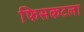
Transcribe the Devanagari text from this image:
फिसकटला